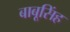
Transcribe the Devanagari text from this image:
बाबूसिंह